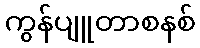
ကွန်ပျူတာစနစ်